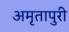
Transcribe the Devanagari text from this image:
अमृतापुरी